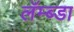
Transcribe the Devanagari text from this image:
लॅम्ब्डा